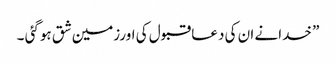
” خدانے ان کی دعا قبول کی اورزمین شق ہوگئی ۔